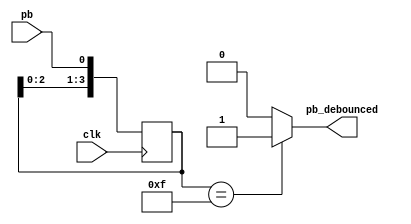
`timescale 1ns / 1ps
//////////////////////////////////////////////////////////////////////////////////
// Company: 
// Engineer: 
// 
// Design Name: 
// Module Name: debounces
// Project Name: 
// Target Devices: 
// Tool Versions: 
// Description: 
// 
// Dependencies: 
// 
// Revision:
// Revision 0.01 - File Created
// Additional Comments:
// 
//////////////////////////////////////////////////////////////////////////////////


module debounces(pb_debounced, pb, clk);
    output pb_debounced;
    input pb;
    input clk;
   
    reg[3:0] shift_reg;
   
    always@(posedge clk)
    begin
        shift_reg[3:1] <= shift_reg[2:0];
        shift_reg[0] <= pb;
    end
   
    assign pb_debounced = ((shift_reg == 4'b1111) ? 1'b1 : 1'b0);
endmodule